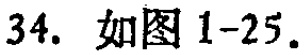
34. 如图 1-25.